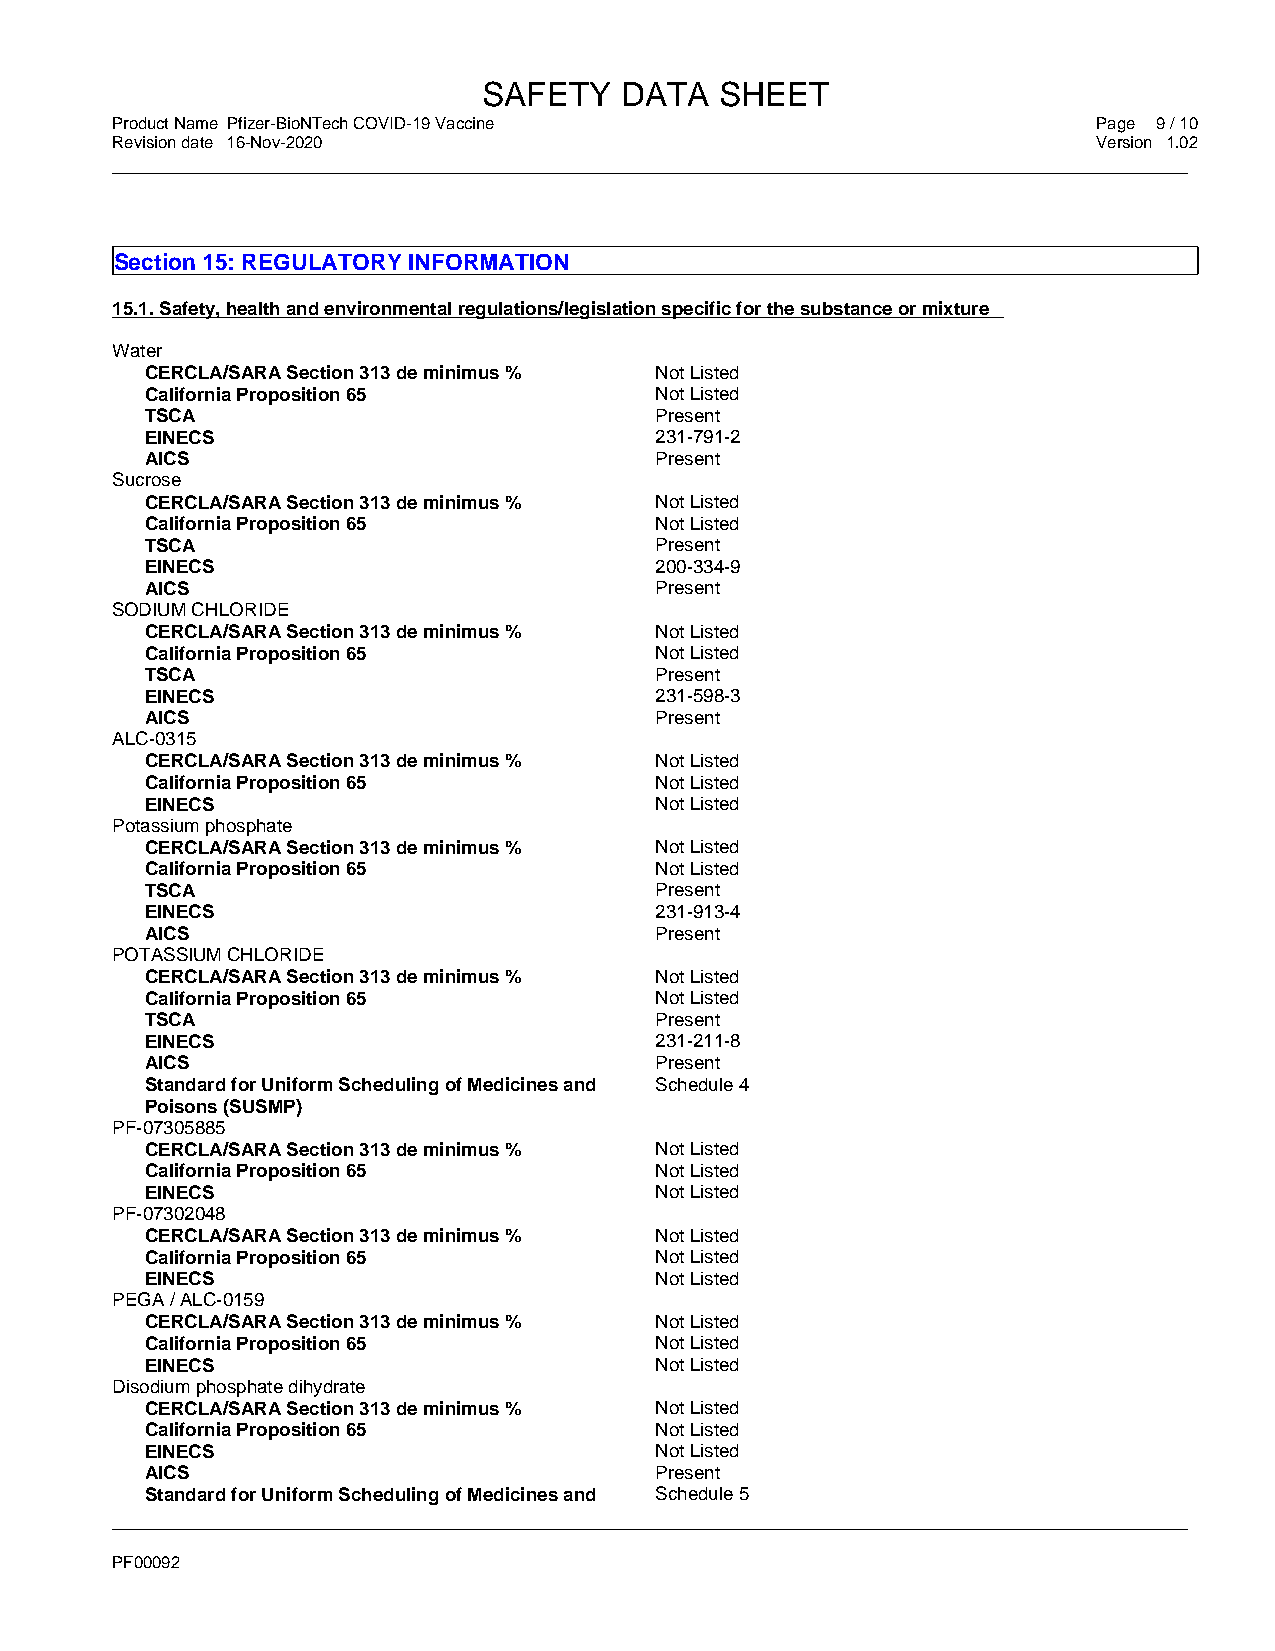
SAFETY   DATA   SHEET
 Product Name Pfizer-BioNTech COVID-19 Vaccine                     Page 9 / 10
 Revision date 16-Nov-2020                                         Version 1.02
 _____________________________________________________________________________________________
 Section 15: REGULATORY INFORMATION
 15.1. Safety, health and environmental regulations/legislation specific for the substance or mixture
 Water
 CERCLA/SARA Section 313 de minimus % Not Listed
 California Proposition 65        Not Listed
 TSCA                             Present
 EINECS                           231-791-2
 AICS                             Present
 Sucrose
 CERCLA/SARA Section 313 de minimus % Not Listed
 California Proposition 65        Not Listed
 TSCA                             Present
 EINECS                           200-334-9
 AICS                             Present
 SODIUM CHLORIDE
 CERCLA/SARA Section 313 de minimus % Not Listed
 California Proposition 65        Not Listed
 TSCA                             Present
 EINECS                           231-598-3
 AICS                             Present
 ALC-0315
 CERCLA/SARA Section 313 de minimus % Not Listed
 California Proposition 65        Not Listed
 EINECS                           Not Listed
 Potassium phosphate
 CERCLA/SARA Section 313 de minimus % Not Listed
 California Proposition 65        Not Listed
 TSCA                             Present
 EINECS                           231-913-4
 AICS                             Present
 POTASSIUM CHLORIDE
 CERCLA/SARA Section 313 de minimus % Not Listed
 California Proposition 65        Not Listed
 TSCA                             Present
 EINECS                           231-211-8
 AICS                             Present
 Standard for Uniform Scheduling of Medicines and Schedule 4
 Poisons (SUSMP)
 PF-07305885
 CERCLA/SARA Section 313 de minimus % Not Listed
 California Proposition 65        Not Listed
 EINECS                           Not Listed
 PF-07302048
 CERCLA/SARA Section 313 de minimus % Not Listed
 California Proposition 65        Not Listed
 EINECS                           Not Listed
 PEGA / ALC-0159
 CERCLA/SARA Section 313 de minimus % Not Listed
 California Proposition 65        Not Listed
 EINECS                           Not Listed
 Disodium phosphate dihydrate
 CERCLA/SARA Section 313 de minimus % Not Listed
 California Proposition 65        Not Listed
 EINECS                           Not Listed
 AICS                             Present
 Standard for Uniform Scheduling of Medicines and Schedule 5
 _____________________________________________________________________________________________
 PF00092